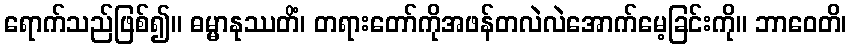
ရောက်သည်ဖြစ်၍။ ဓမ္မာနုဿတိံ၊ တရားတော်ကိုအဖန်တလဲလဲအောက်မေ့ခြင်းကို။ ဘာဝေတိ၊